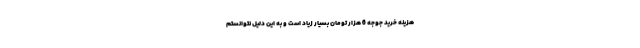
هزینه خرید جوجه 6 هزار تومان بسیار زیاد است و به این دلیل نتوانستم